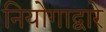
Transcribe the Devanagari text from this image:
नियोगाद्वारे